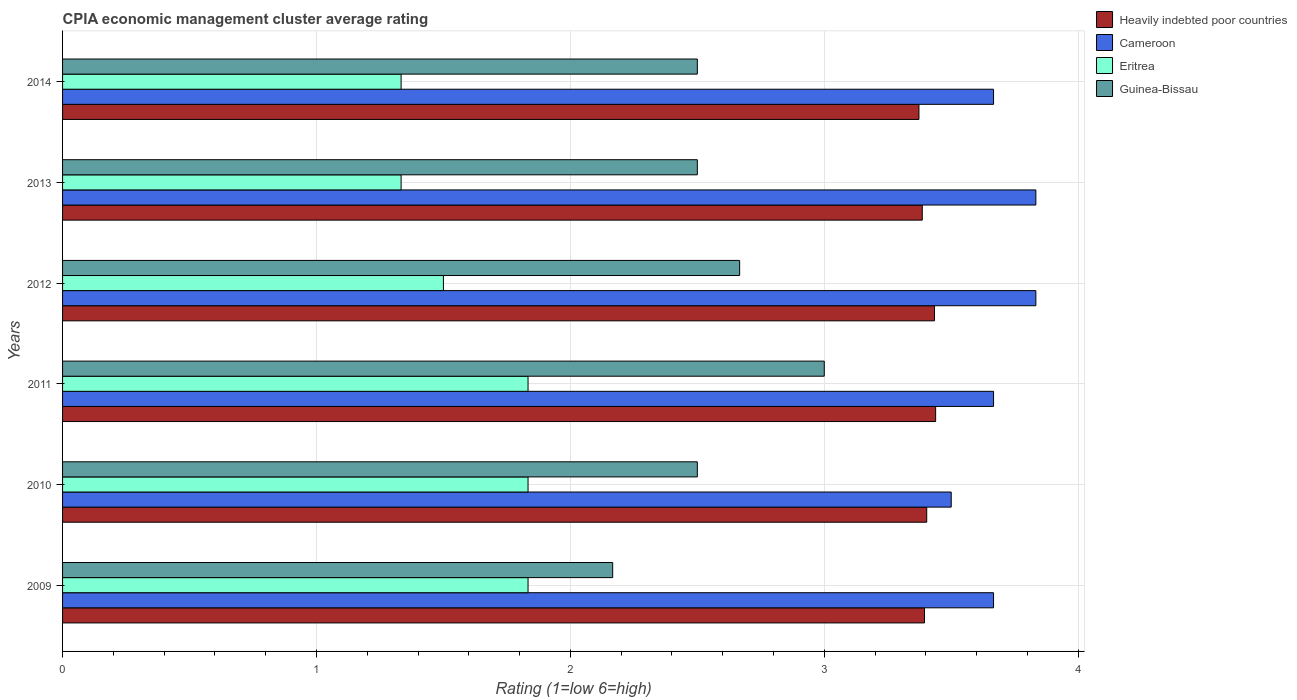
| Years | Heavily indebted poor countries | Cameroon | Eritrea | Guinea-Bissau |
 | --- | --- | --- | --- | --- |
 | 2009 | 3.39 | 3.67 | 1.83 | 2.17 |
 | 2010 | 3.4 | 3.5 | 1.83 | 2.5 |
 | 2011 | 3.44 | 3.67 | 1.83 | 3 |
 | 2012 | 3.43 | 3.83 | 1.5 | 2.67 |
 | 2013 | 3.39 | 3.83 | 1.33 | 2.5 |
 | 2014 | 3.37 | 3.67 | 1.33 | 2.5 |